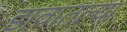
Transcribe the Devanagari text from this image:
डावातल्या